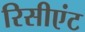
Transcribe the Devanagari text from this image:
रिसीएंट